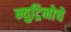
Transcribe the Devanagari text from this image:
न्युट्रिनोचे